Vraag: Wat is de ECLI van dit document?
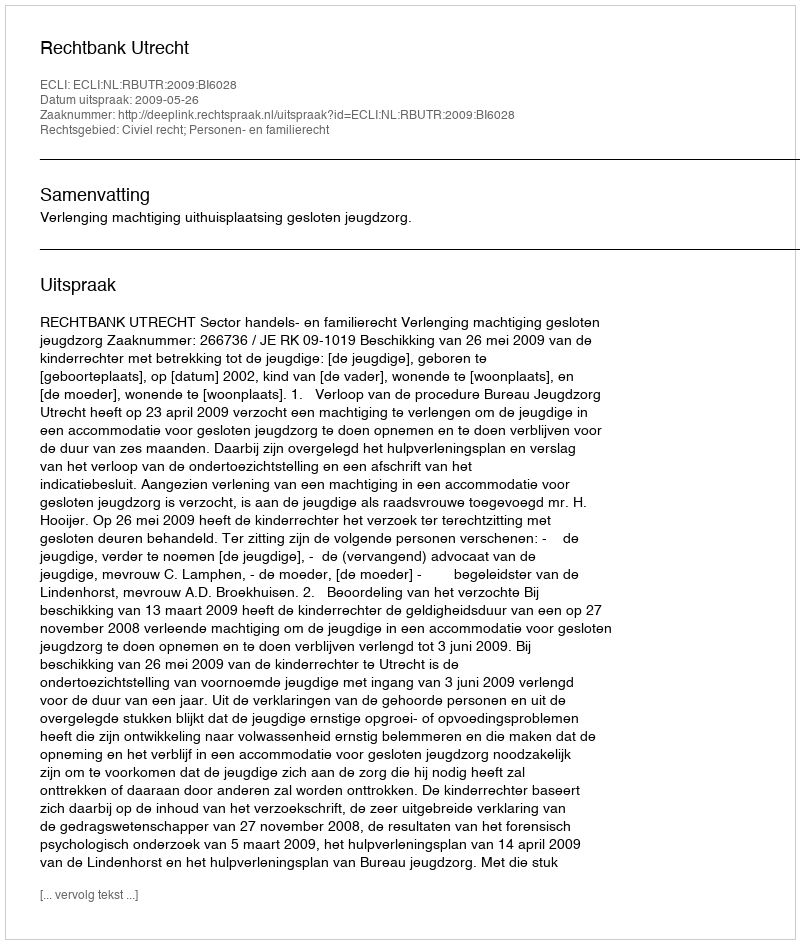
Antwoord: ECLI:NL:RBUTR:2009:BI6028